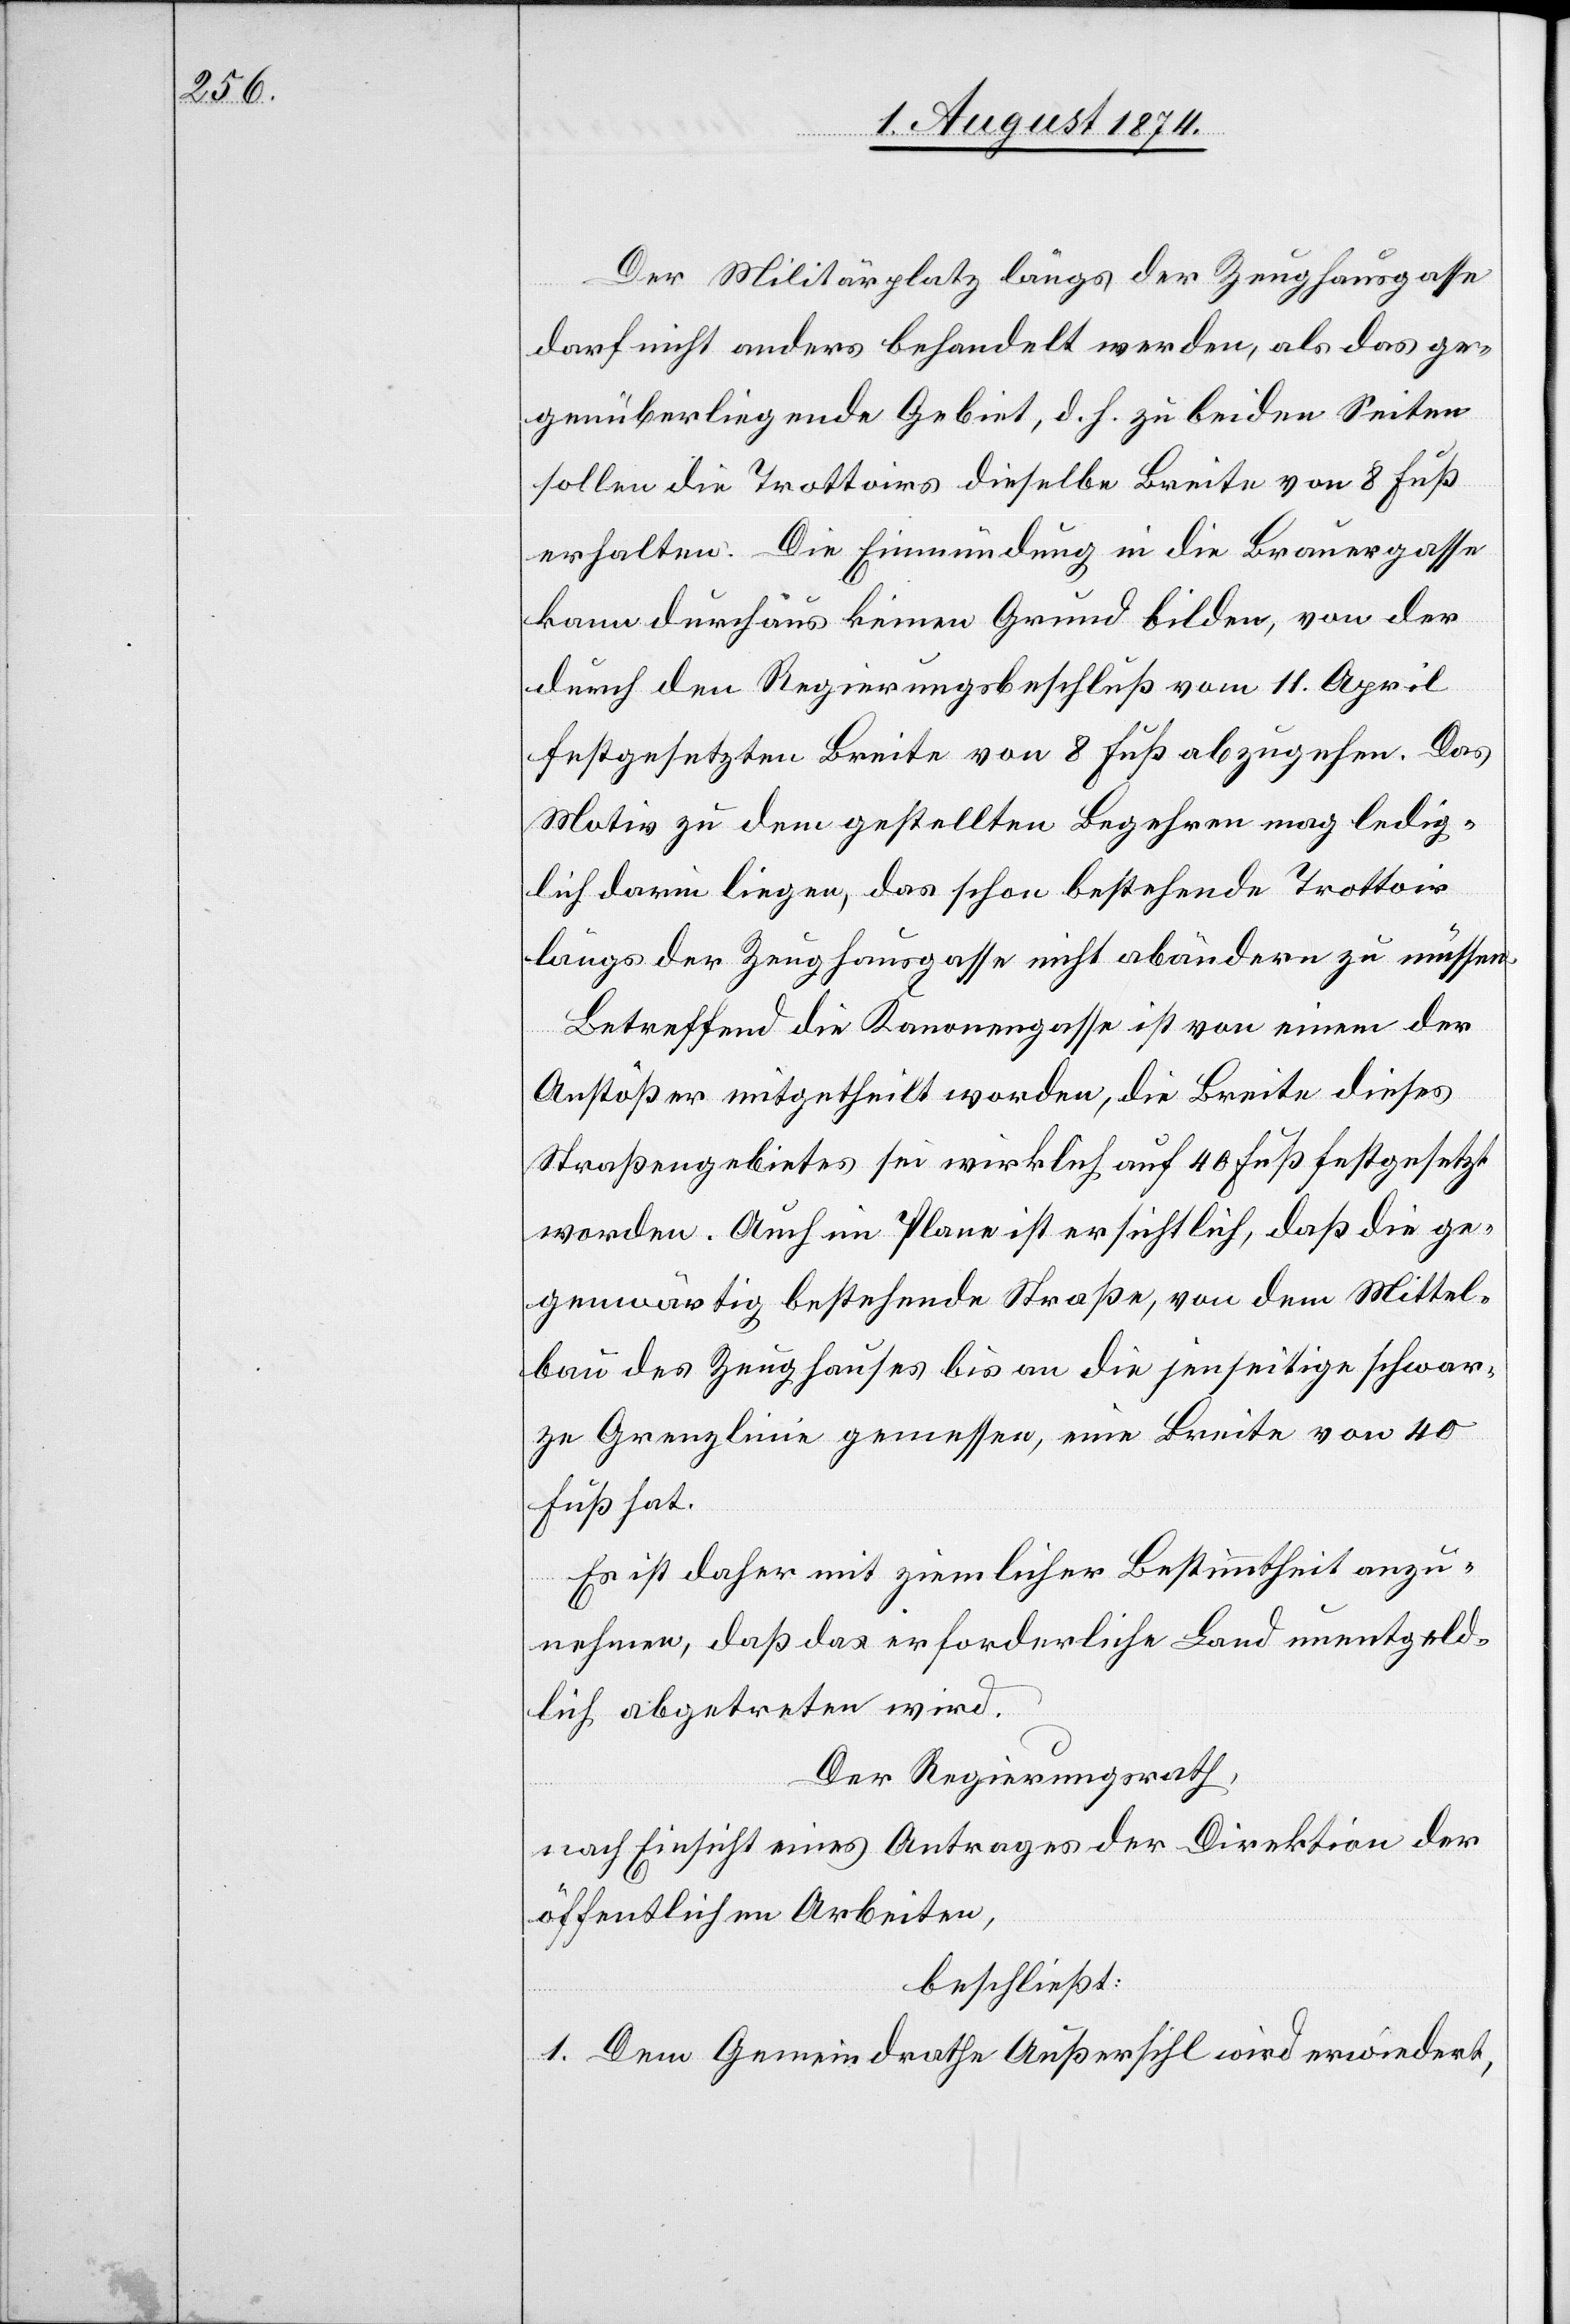
Der Militärplatz längs der Zeughausgasse
darf nicht anders behandelt werden, als das ge¬
genüberliegende Gebiet, d. h. zu beiden Seiten
sollen die Trottoirs dieselbe Breite von 8 Fuß
erhalten. Die Einmündung in die Brauergasse
kann durchaus keinen Grund bilden, von der
durch den Regierungsbeschluß vom 11. April
festgesetzten Breite von 8 Fuß abzugehen. Das
Motiv zu dem gestellten Begehren mag ledig¬
lich darin liegen, das schon bestehende Trottoir
längs der Zeughausgasse nicht abändern zu müssen.
Betreffend die Kanonengasse ist von einem der
Anstößer mitgetheilt worden, die Breite dieses
Straßengebietes sei wirklich auf 40 Fuß festgesetzt
worden. Auch im Plane ist ersichtlich, daß die ge¬
genwärtig bestehende Straße, von dem Mittel¬
bau des Zeughauses bis an die jenseitige schwar¬
ze Grenzlinie gemessen, eine Breite von 40
Fuß hat.
Es ist daher mit ziemlicher Bestimmtheit anzu¬
nehmen, daß das erforderliche Land unentgeld¬
lich abgetreten wird.
Der Regierungsrath,
nach Einsicht eines Antrages der Direktion der
öffentlichen Arbeiten,
beschließt:
1. Dem Gemeindrathe Außersihl wird erwiedert,